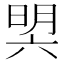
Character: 𣇴